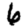
Digit: 6